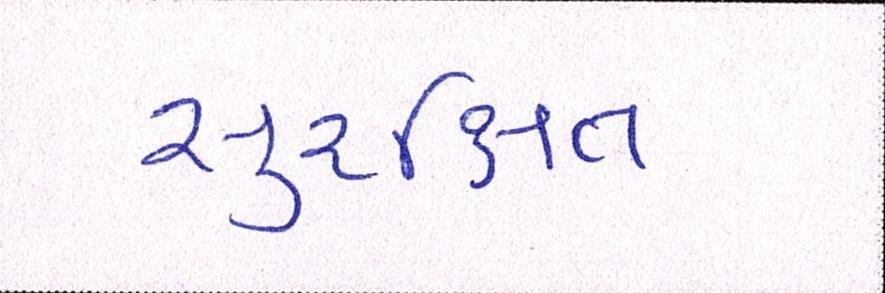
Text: સુરક્ષિત